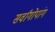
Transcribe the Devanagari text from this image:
सर्वांगोपांग